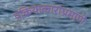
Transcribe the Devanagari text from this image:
प्रक्रियाकारांप्रमाणे